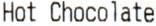
HOT CHOCOLATE